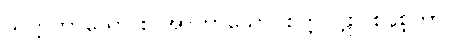
သတ္တကာယော စ အာကာသော၊ စက္ကဝါဠာ စနစ္တကာ။